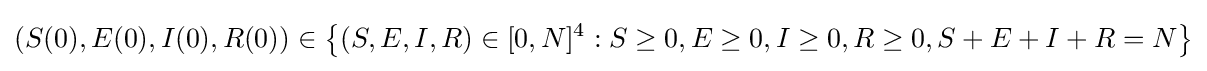
\left(S(0),E(0),I(0),R(0)\right)\in \left\{(S,E,I,R)\in [0,N]^{4}:S\geq 0,E\geq 0,I\geq 0,R\geq 0,S+E+I+R=N\right\}